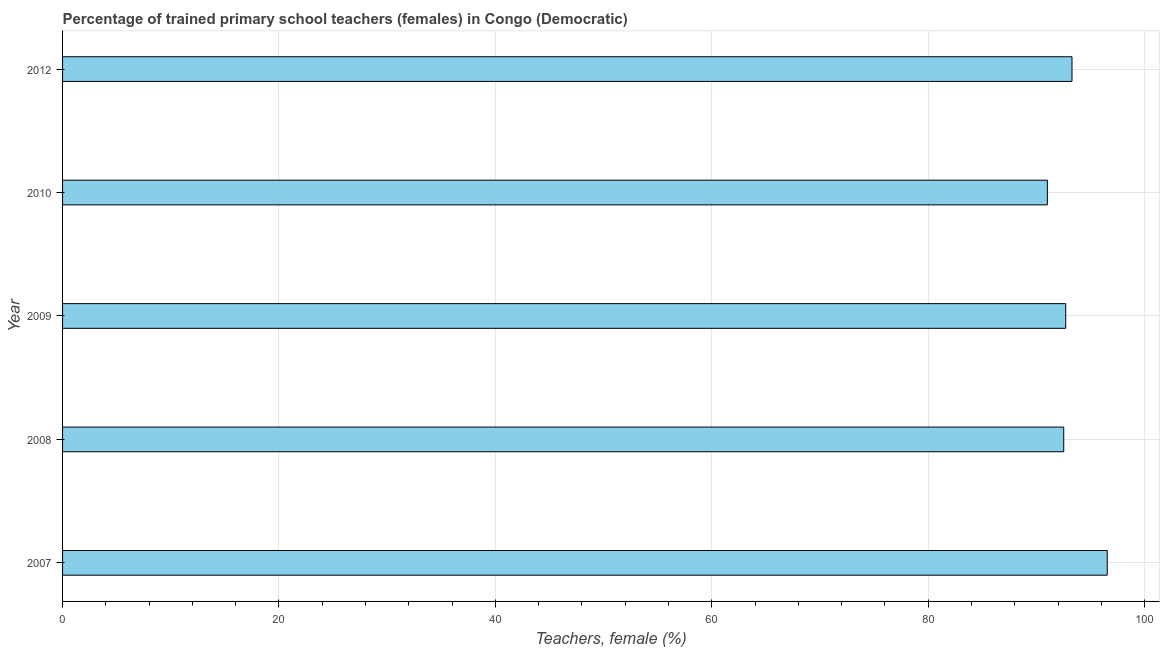
| Year | Trained teachers female |
 | --- | --- |
 | 2007 | 96.5 |
 | 2008 | 92.5 |
 | 2009 | 92.7 |
 | 2010 | 91 |
 | 2012 | 93.3 |